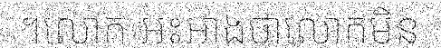
។លោក អះអាងថាលោកមិន